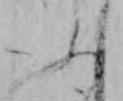
ふ